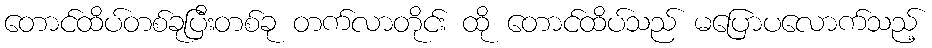
တောင်ထိပ်တစ်ခုပြီးတစ်ခု တက်လာတိုင်း ထို တောင်ထိပ်သည် မပြောပလောက်သည့်